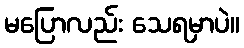
မပြောလည်း သေရမှာပဲ။